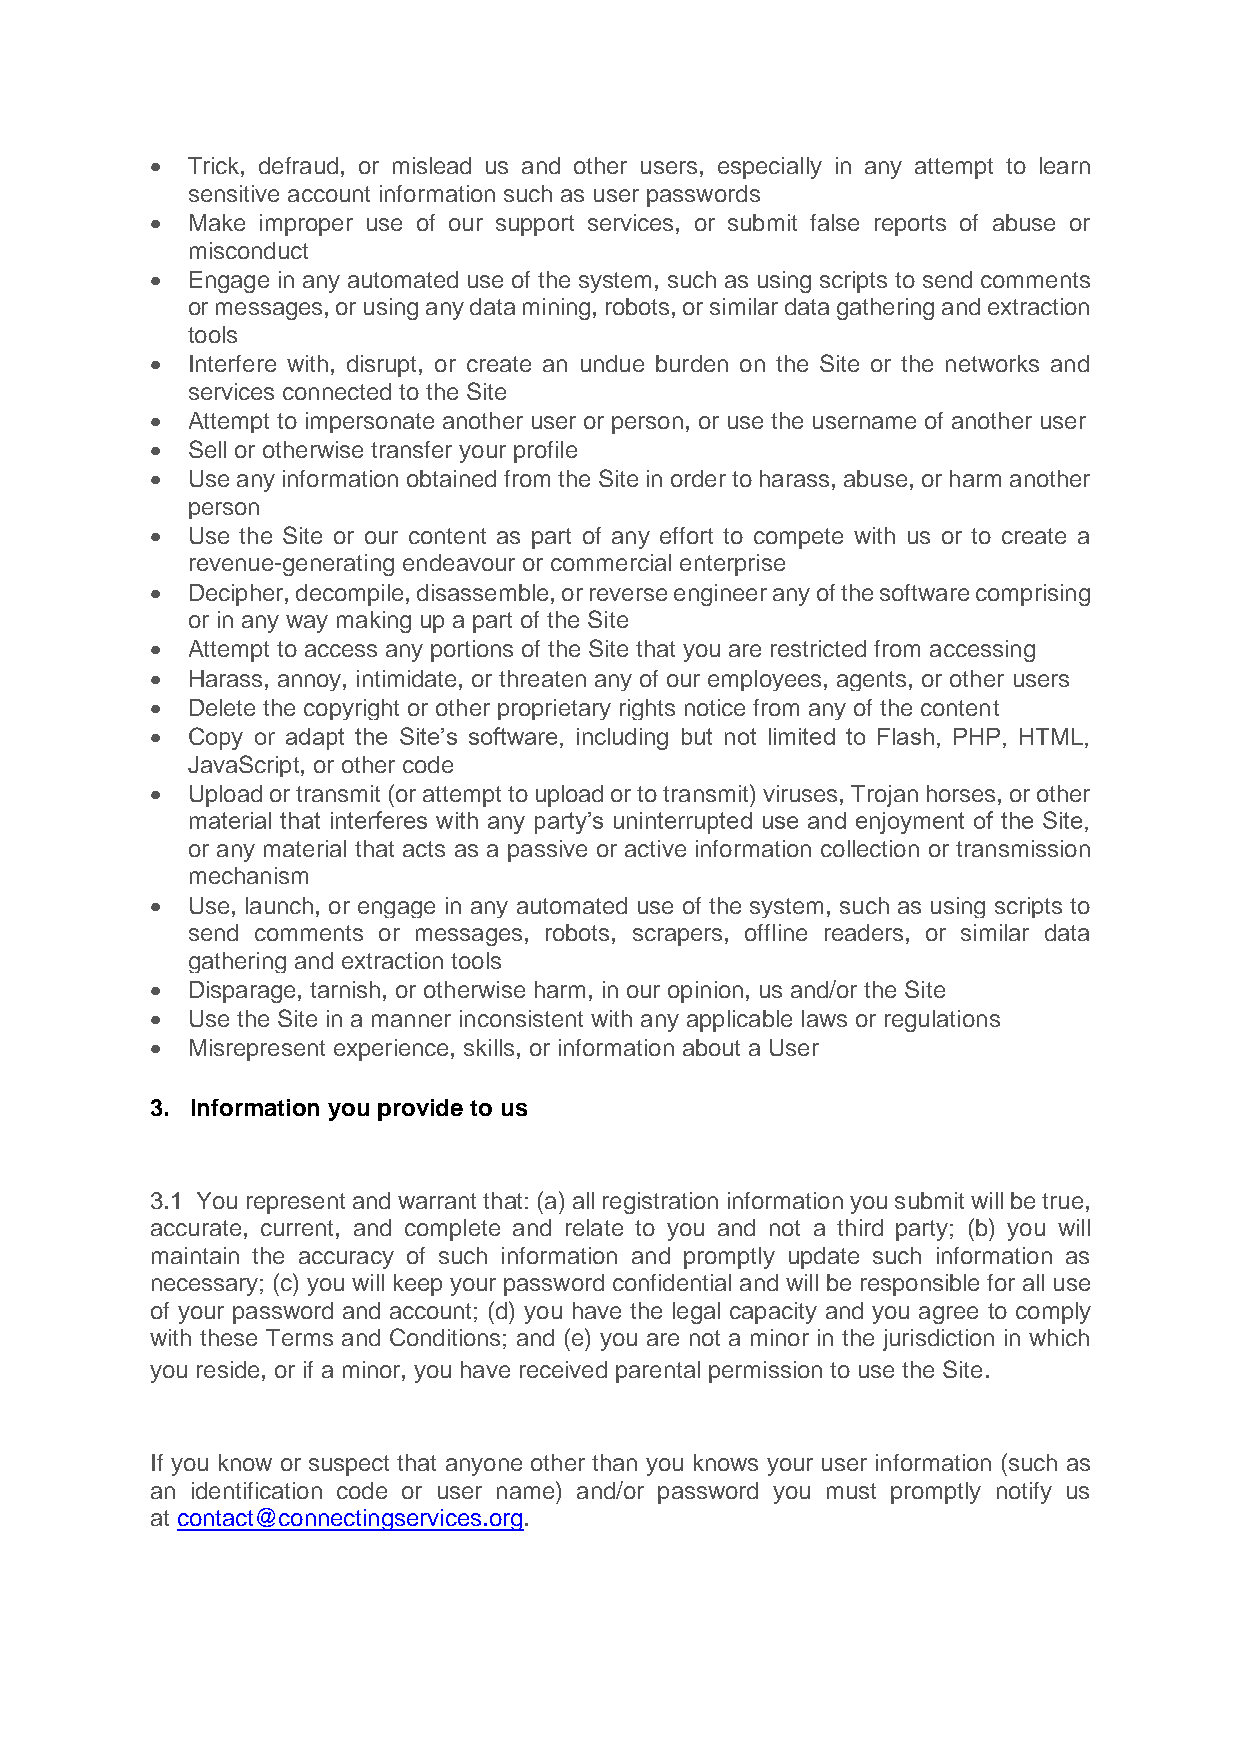
• Trick, defraud, or mislead us and other users, especially in any attempt to learn
 sensitive account information such as user passwords
 • Make improper use of our support services, or submit false reports of abuse or
 misconduct
 • Engage in any automated use of the system, such as using scripts to send comments
 or messages, or using any data mining, robots, or similar data gathering and extraction
 tools
 • Interfere with, disrupt, or create an undue burden on the Site or the networks and
 services connected to the Site
 • Attempt to impersonate another user or person, or use the username of another user
 • Sell or otherwise transfer your profile
 • Use any information obtained from the Site in order to harass, abuse, or harm another
 person
 • Use the Site or our content as part of any effort to compete with us or to create a
 revenue-generating endeavour or commercial enterprise
 • Decipher, decompile, disassemble, or reverse engineer any of the software comprising
 or in any way making up a part of the Site
 • Attempt to access any portions of the Site that you are restricted from accessing
 • Harass, annoy, intimidate, or threaten any of our employees, agents, or other users
 • Delete the copyright or other proprietary rights notice from any of the content
 • Copy or adapt the Site’s software, including but not limited to Flash, PHP, HTML,
 JavaScript, or other code
 • Upload or transmit (or attempt to upload or to transmit) viruses, Trojan horses, or other
 material that interferes with any party’s uninterrupted use and enjoyment of the Site,
 or any material that acts as a passive or active information collection or transmission
 mechanism
 • Use, launch, or engage in any automated use of the system, such as using scripts to
 send comments or messages, robots, scrapers, offline readers, or similar data
 gathering and extraction tools
 • Disparage, tarnish, or otherwise harm, in our opinion, us and/or the Site
 • Use the Site in a manner inconsistent with any applicable laws or regulations
 • Misrepresent experience, skills, or information about a User
 3. Information you provide to us
 3.1 You represent and warrant that: (a) all registration information you submit will be true,
 accurate, current, and complete and relate to you and not a third party; (b) you will
 maintain the accuracy of such information and promptly update such information as
 necessary; (c) you will keep your password confidential and will be responsible for all use
 of your password and account; (d) you have the legal capacity and you agree to comply
 with these Terms and Conditions; and (e) you are not a minor in the jurisdiction in which
 you reside, or if a minor, you have received parental permission to use the Site.
 If you know or suspect that anyone other than you knows your user information (such as
 an identification code or user name) and/or password you must promptly notify us
 at contact@connectingservices.org.